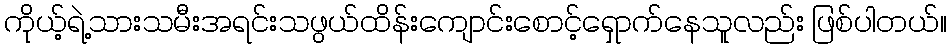
ကိုယ့်ရဲ့သားသမီးအရင်းသဖွယ်ထိန်းကျောင်းစောင့်ရှောက်နေသူလည်း ဖြစ်ပါတယ်။